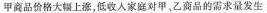
甲商品价格大幅上，低收人家庭对甲，乙商品的需求量发生